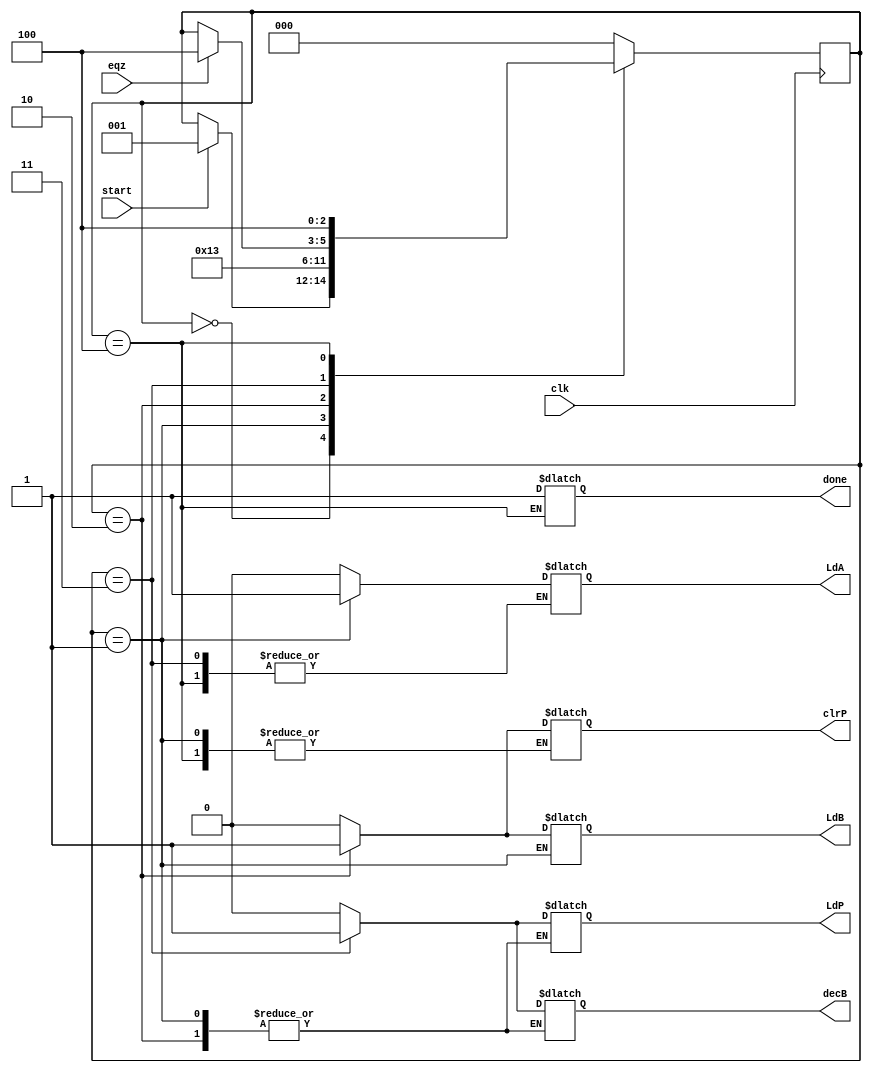
module controller (LdA, LdB, LdP, clrP, decB, done, clk, eqz, start);

input clk,eqz,start;
output reg LdA, LdB, LdP, clrP, decB, done;

reg [2:0] state;
parameter S0 = 3'b000 , S1 = 3'b001 , S2 = 3'b010 , S3 = 3'b011 , S4 = 3'b100 ;

/************************ State Transistions **********************/

always@(posedge clk)
        begin
                case (state)
                            
                            S0 : if(start) state <= S1;
                            S1 : state <= S2;
                            S2 : state <= S3;
                            S3 : #2 if(eqz) state <= S4;  // delay added so as to get better simulation results //
                            S4 : state <= S4;
                            default : state <= S0;
                        
                endcase
        end                    
always@(state)
        begin
                    case(state)
                        
                        S0 : begin #1 LdA = 0; LdB = 0; LdP = 0; clrP = 0; decB = 0; end
                        S1 : begin #1 LdA = 1; end
                        S2 : begin #1 LdA = 0; LdB = 1; clrP = 1;  end
                        S3 : begin #1 LdB = 0; LdP = 1; clrP = 0; decB = 1; end
                        S4 : begin #1 done = 1; LdB = 0; LdP = 0; decB = 0; end
                        default : begin #1 LdA = 0; LdB = 0; LdP = 0; clrP = 0; decB = 0; end
                    endcase
        end            
    
endmodule